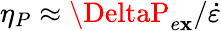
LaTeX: \eta_{P}\approx\DeltaP_{e\mathbf{x}}/\dot{{\varepsilon}}